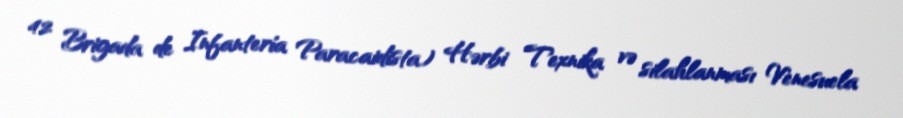
42 Brigada de Infantería Paracaidista) Hərbi Texnika və silahlanması Venesuela